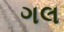
ગલ